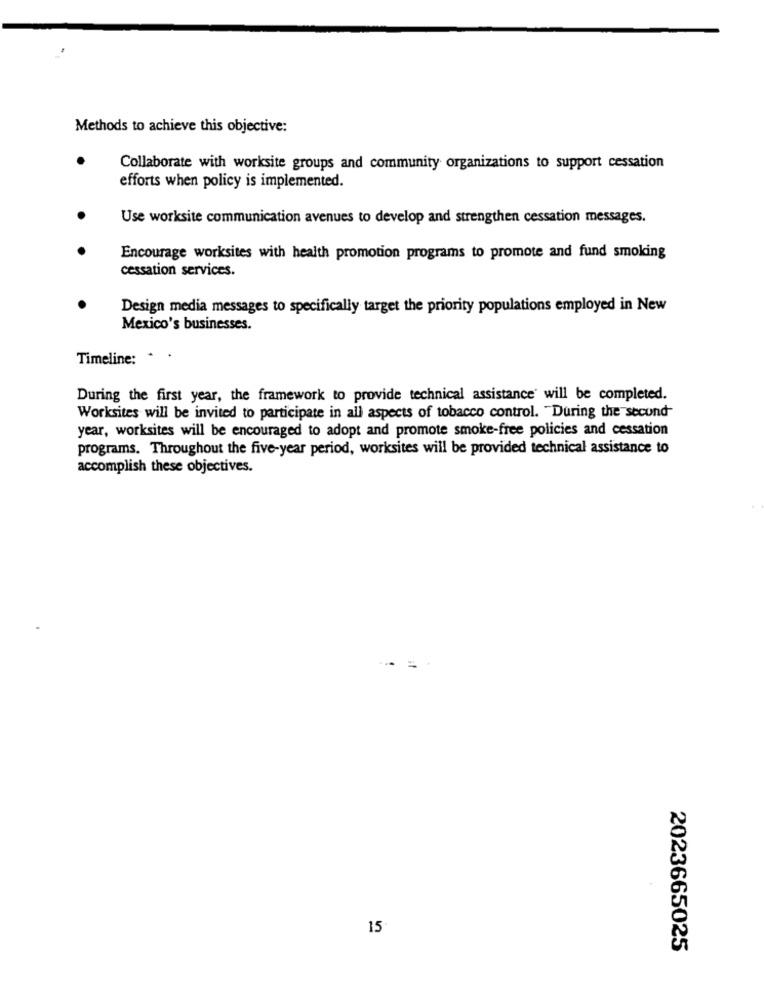
Methods to achieve this objective:
Collaborate with worksite groups and community organizations to support cessation
efforts when policy is implemented.
Use worksite communication avenues to develop and strengthen cessation messages.
Encourage worksites with health promotion programs to promote and fund smoking
cessation services.
Design media messages to specifically target the priority populations employed in New
Mexico's businesses.
Timeline:
.
During the first year, the framework to provide technical assistance' will be completed.
Worksites will be invited to participate in all aspects of tobacco control. "During the second-
year, worksites will be encouraged to adopt and promote smoke-free policies and cessation
programs. Throughout the five-year period, worksites will be provided technical assistance to
accomplish these objectives.
15
2023665025